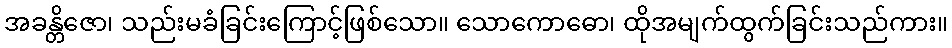
အခန္တိဇော၊ သည်းမခံခြင်းကြောင့်ဖြစ်သော။ သောကောဓော၊ ထိုအမျက်ထွက်ခြင်းသည်ကား။